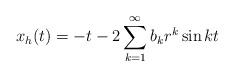
LaTeX: \begin{align*}x_h (t) = - t - 2 \sum_{k=1}^\infty b_k r^k \sin k t \end{align*}